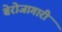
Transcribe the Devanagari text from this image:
बेरोजागारी